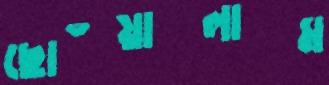
ছোঁয়ালাম